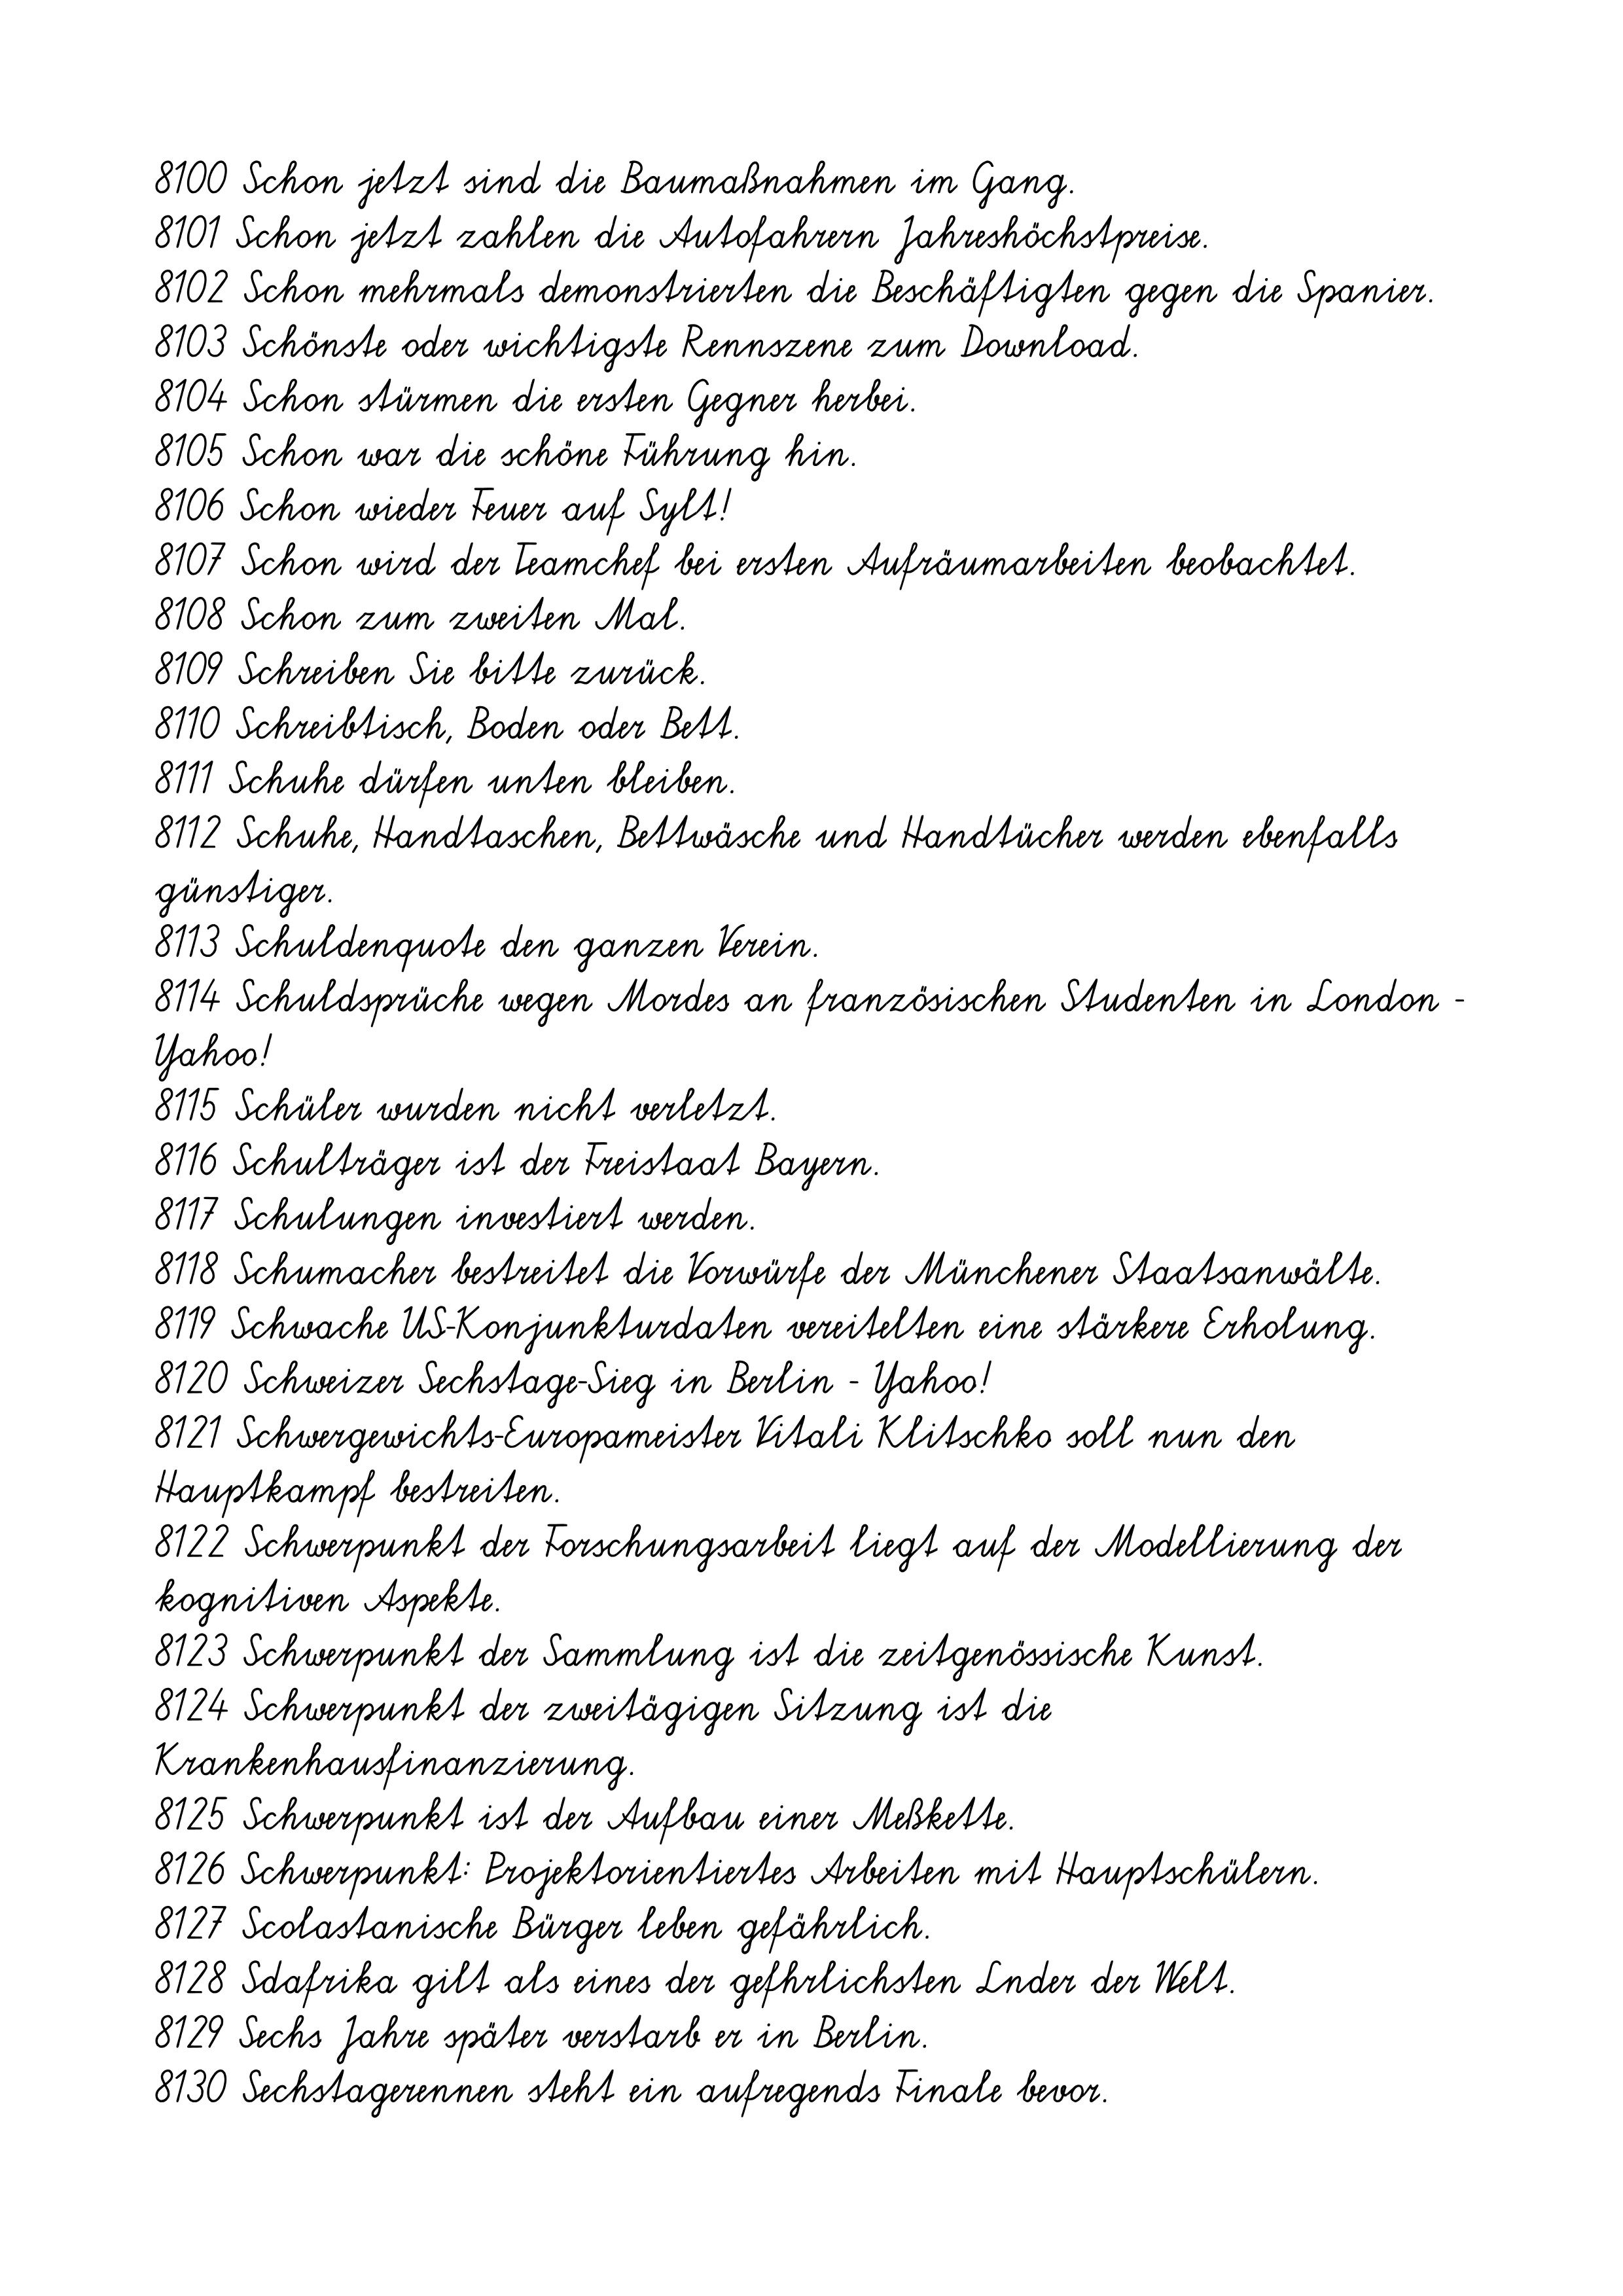
8100 Schon jetzt sind die Baumaßnahmen im Gang.
8101 Schon jetzt zahlen die Autofahrern Jahreshöchstpreise.
8102 Schon mehrmals demonstrierten die Beschäftigten gegen die Spanier.
8103 Schönste oder wichtigste Rennszene zum Download.
8104 Schon stürmen die ersten Gegner herbei.
8105 Schon war die schöne Führung hin.
8106 Schon wieder Feuer auf Sylt!
8107 Schon wird der Teamchef bei ersten Aufräumarbeiten beobachtet.
8108 Schon zum zweiten Mal.
8109 Schreiben Sie bitte zurück.
8110 Schreibtisch, Boden oder Bett.
8111 Schuhe dürfen unten bleiben.
8112 Schuhe, Handtaschen, Bettwäsche und Handtücher werden ebenfalls
günstiger.
8113 Schuldenquote den ganzen Verein.
8114 Schuldsprüche wegen Mordes an französischen Studenten in London -
Yahoo!
8115 Schüler wurden nicht verletzt.
8116 Schulträger ist der Freistaat Bayern.
8117 Schulungen investiert werden.
8118 Schumacher bestreitet die Vorwürfe der Münchener Staatsanwälte.
8119 Schwache US-Konjunkturdaten vereitelten eine stärkere Erholung.
8120 Schweizer Sechstage-Sieg in Berlin - Yahoo!
8121 Schwergewichts-Europameister Vitali Klitschko soll nun den
Hauptkampf bestreiten.
8122 Schwerpunkt der Forschungsarbeit liegt auf der Modellierung der
kognitiven Aspekte.
8123 Schwerpunkt der Sammlung ist die zeitgenössische Kunst.
8124 Schwerpunkt der zweitägigen Sitzung ist die
Krankenhausfinanzierung.
8125 Schwerpunkt ist der Aufbau einer Meßkette.
8126 Schwerpunkt: Projektorientiertes Arbeiten mit Hauptschülern.
8127 Scolastanische Bürger leben gefährlich.
8128 Sdafrika gilt als eines der gefhrlichsten Lnder der Welt.
8129 Sechs Jahre später verstarb er in Berlin.
8130 Sechstagerennen steht ein aufregends Finale bevor.